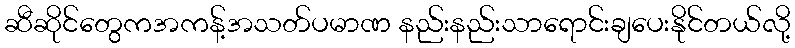
ဆီဆိုင်တွေကအကန့်အသတ်ပမာဏ နည်းနည်းသာရောင်းချပေးနိုင်တယ်လို့